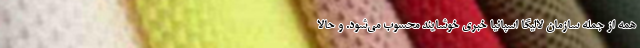
همه از جمله سازمان لالیگا اسپانیا خبری خوشایند محسوب می‌شود. و حالا